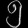
Digit: ၅